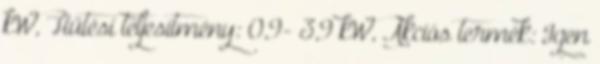
kW, Hűtési teljesítmény: 0,9- 3,9 kW, Akciós termék: Igen